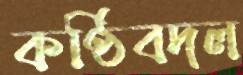
কণ্ঠিবদল